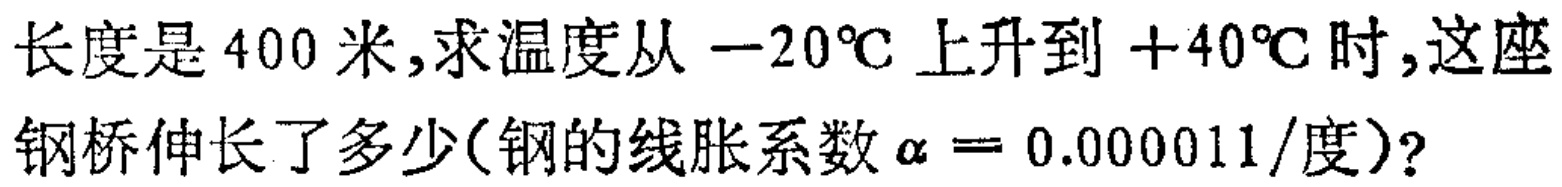
长度是400米,求温度从$-20^{\circ}C$上升到$+40^{\circ}C$时,这座钢桥伸长了多少(钢的线胀系数$\alpha = 0.000011$/度)?